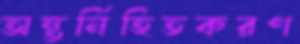
অন্তর্নিহিতকরণ